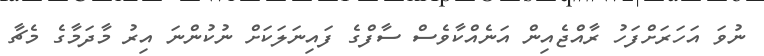
ނުވަ އަހަރަށްފަހު ރާއްޖެއިން އަނެއްކާވެސް ސާފްގެ ފައިނަލަކަށް ނުކުންނަ އިރު މާދަމާގެ މެޗާ